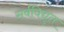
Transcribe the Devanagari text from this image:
सर्वविद्युत